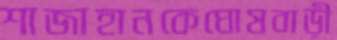
শাজাহানকেঘোষবাড়ী